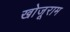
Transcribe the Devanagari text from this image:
खोजूराम